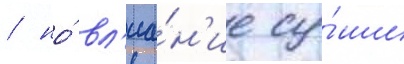
/ но́ вл'иа́н'ие су́ши